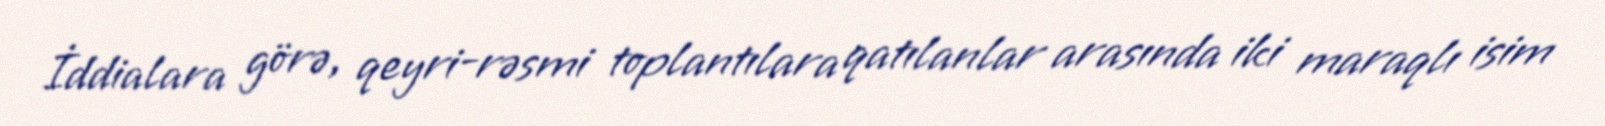
İddialara görə, qeyri-rəsmi toplantılara qatılanlar arasında iki maraqlı isim